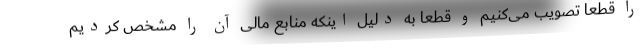
را قطعا تصویب می‌کنیم و قطعا به دلیل اینکه منابع مالی آن را مشخص کردیم